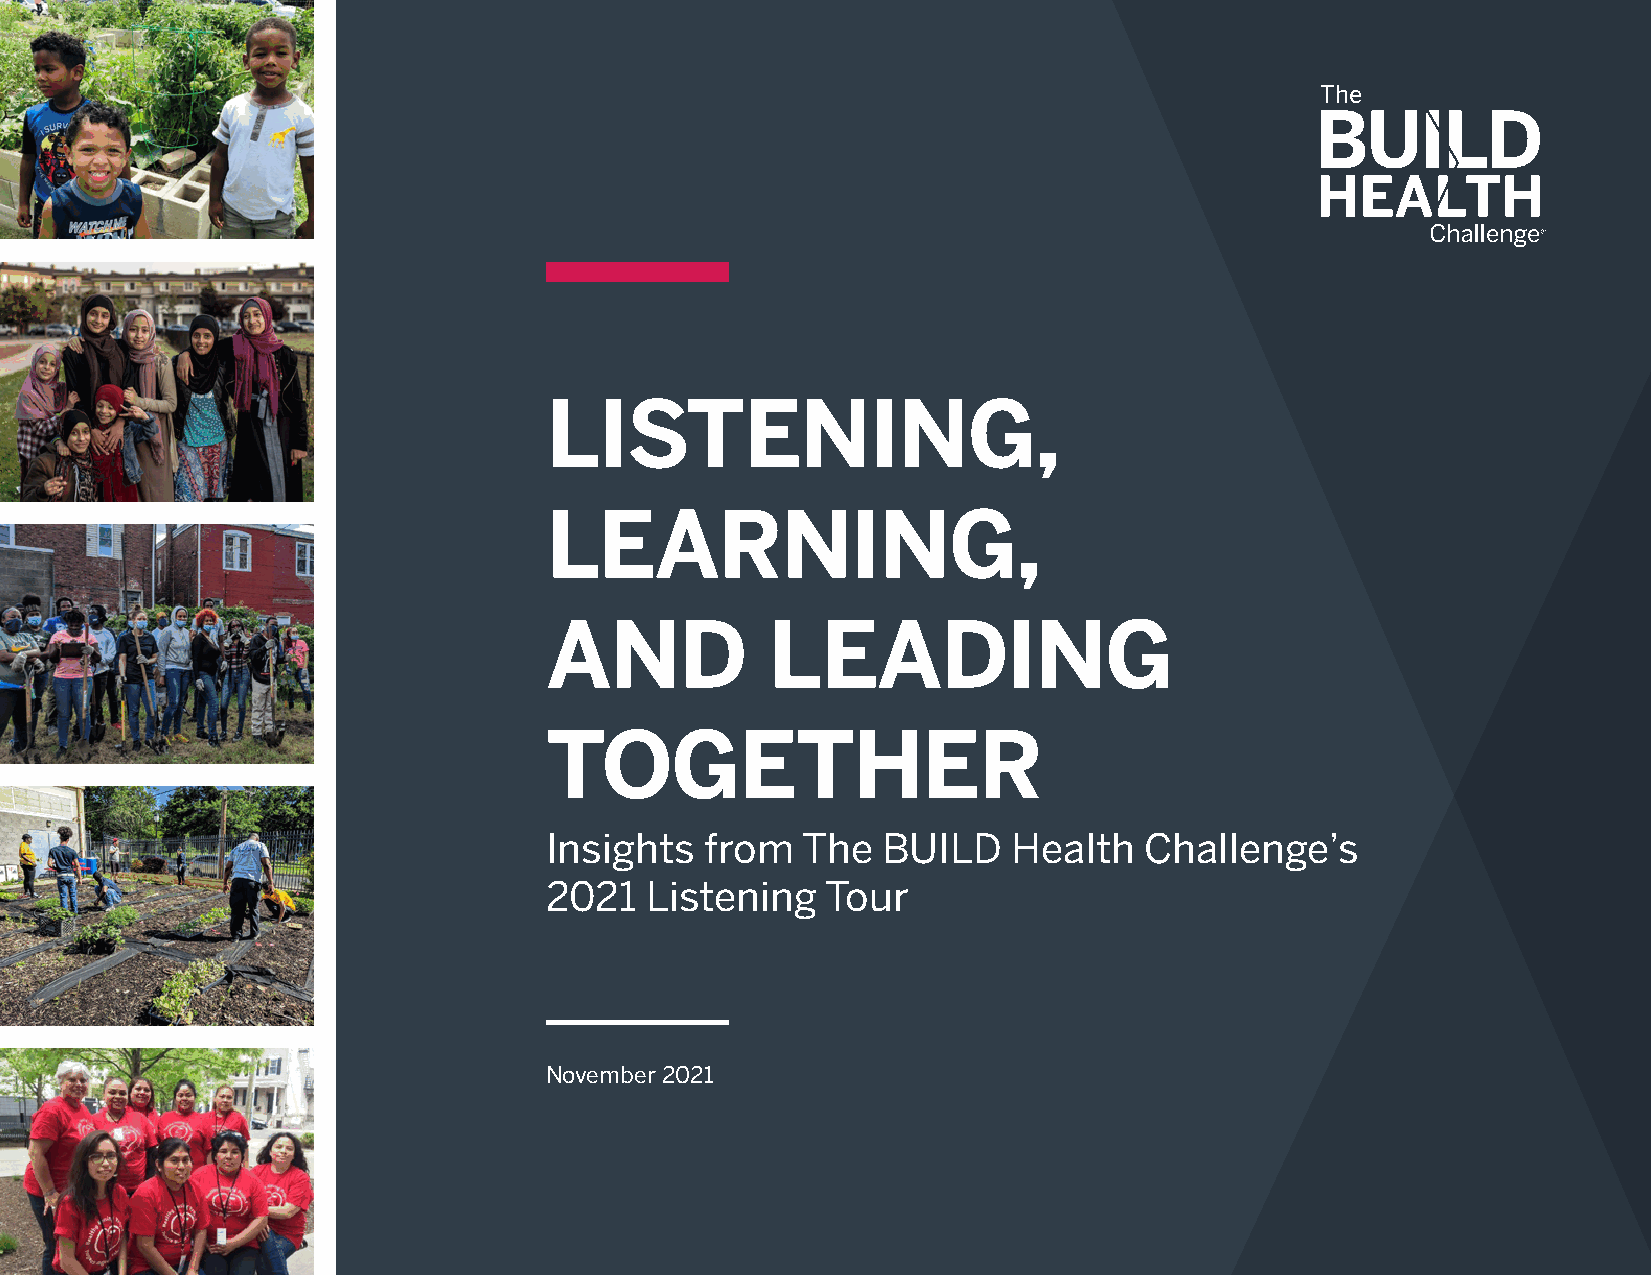
LISTENING,
 LEARNING,
 AND            LEADING
 TOGETHER
 Insights   from  The  BUILD    Health   Challenge’s
 2021   Listening   Tour
 November 2021